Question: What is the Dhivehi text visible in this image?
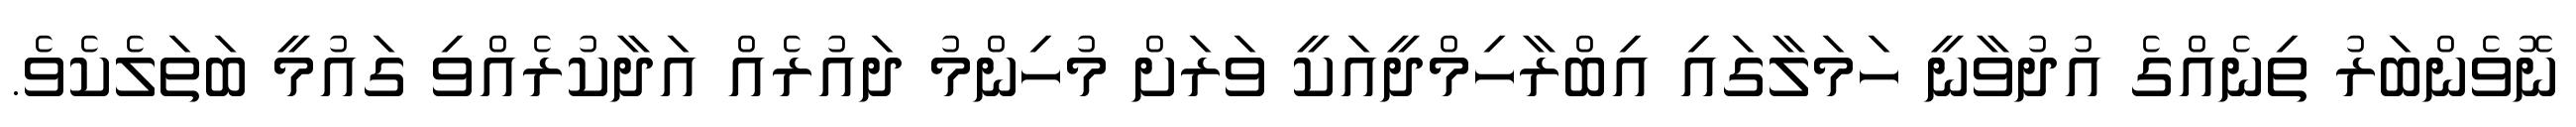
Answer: ނޮވެންބަރު ތިނެއްގެ އުދުވާނީ ހަމަލާގައި އިބްރާހިމްދީއަކީ ވަރަށް މުހިންމު ދައުރެއް އަދާކުރެއްވި ގައުމީ ބަތަލެކެވެ.